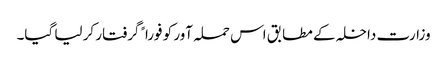
وزارت داخلہ کے مطابق اس حملہ آور کو فوراﹰ گرفتار کر لیا گیا۔